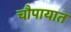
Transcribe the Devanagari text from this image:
चौपायात